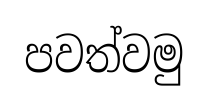
පවත්වමු